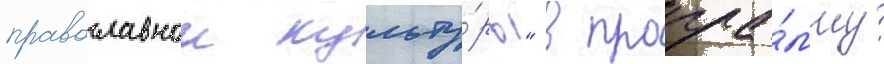
православнои культу́ры" в програ́мму